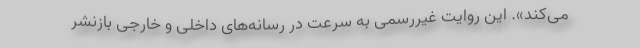
می‌کند». این روایت غیررسمی به سرعت در رسانه‌های داخلی و خارجی بازنشر